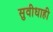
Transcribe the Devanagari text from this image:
सुवीधाही